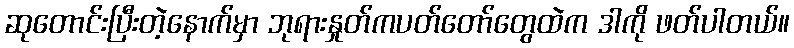
ဆုတောင်းပြီးတဲ့နောက်မှာ ဘုရားနှုတ်ကပတ်တော်တွေထဲက ဒါကို ဖတ်ပါတယ်။